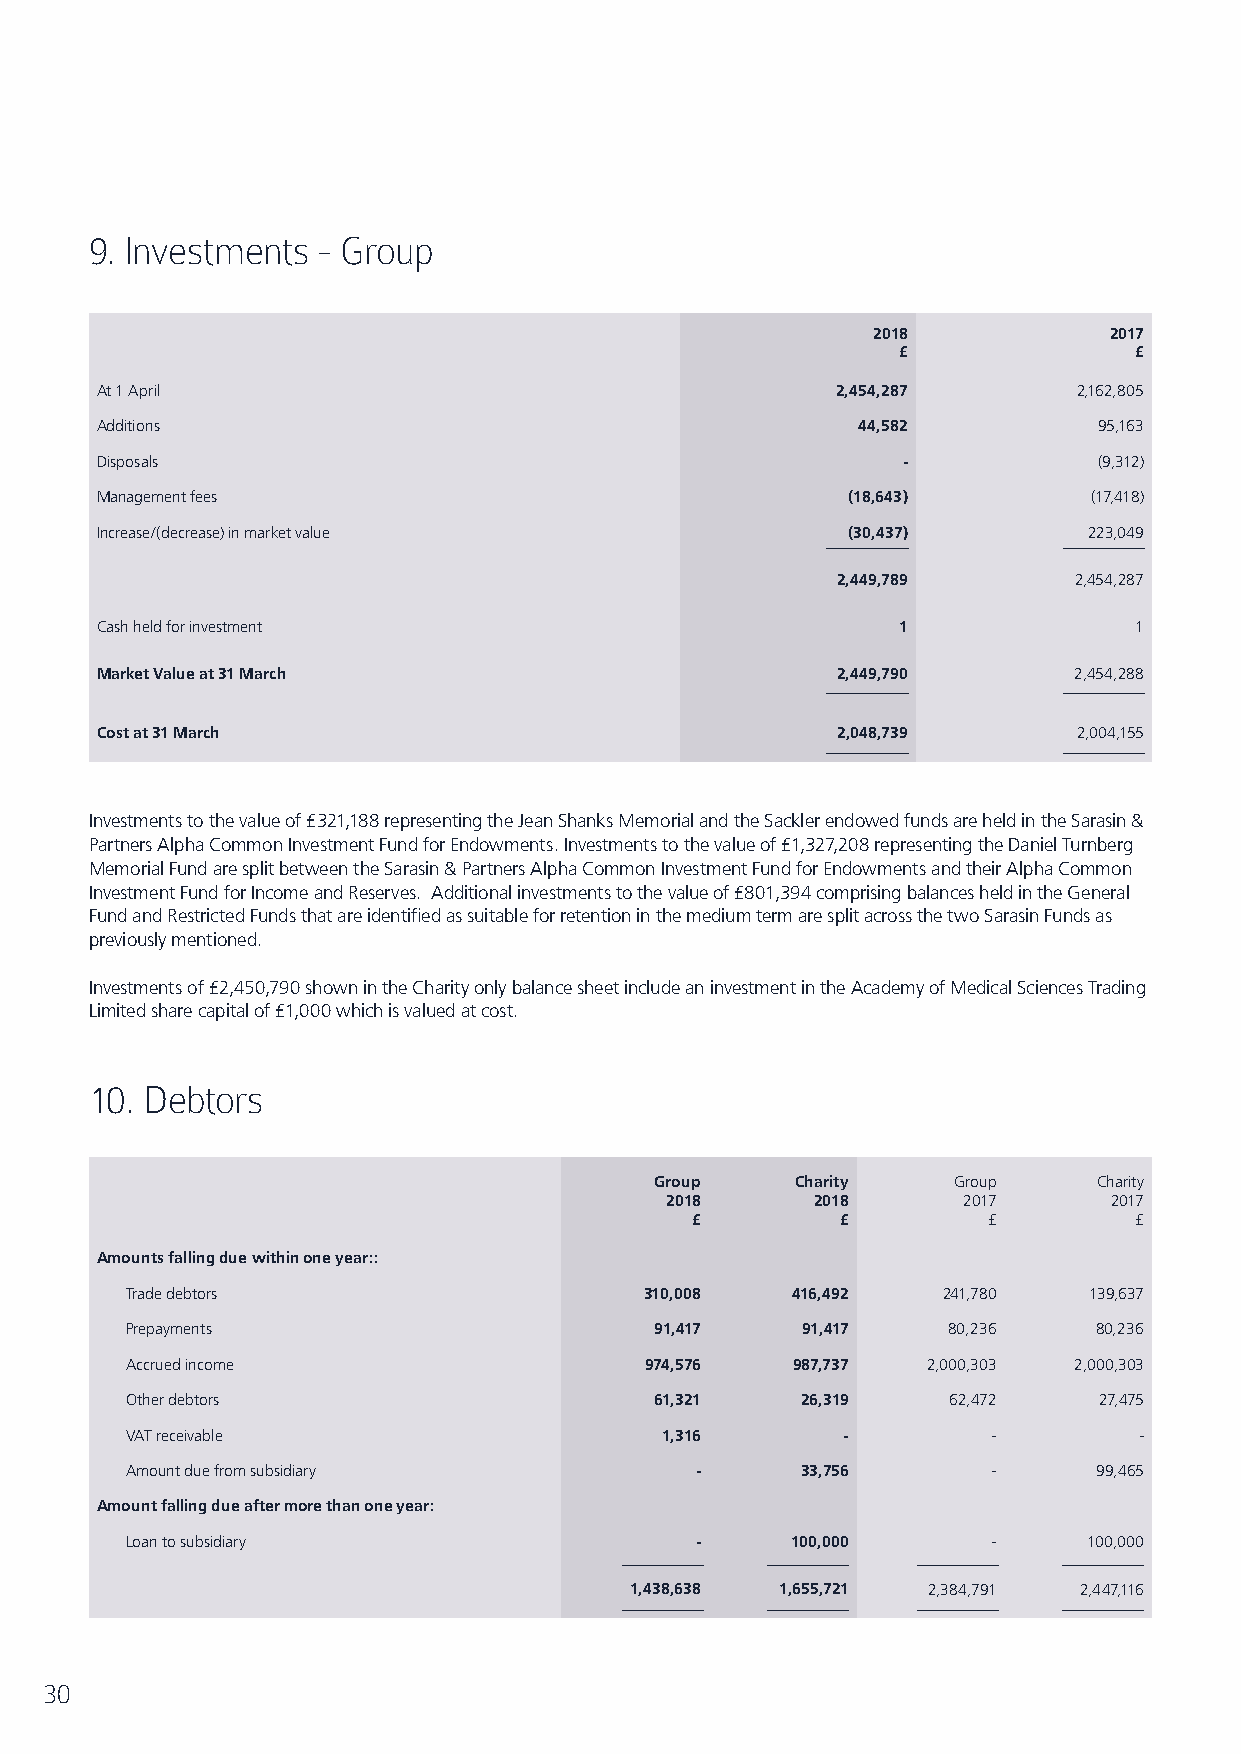
9. Investments - Group
 2018           2017
 £               £
 At 1 April                                       2,454,287       2,162,805
 Additions                                          44,582          95,163
 Disposals                                             -            (9,312)
 Management fees                                   (18,643)        (17,418)
 Increase/(decrease) in market value               (30,437)        223,049
 2,449,789       2,454,287
 Cash held for investment                             1               1
 Market Value at 31 March                         2,449,790       2,454,288
 Cost at 31 March                                 2,048,739       2,004,155
 Investments to the value of £321,188 representing the Jean Shanks Memorial and the Sackler endowed funds are held in the Sarasin &
 Partners Alpha Common Investment Fund for Endowments. Investments to the value of £1,327,208 representing the Daniel Turnberg
 Memorial Fund are split between the Sarasin & Partners Alpha Common Investment Fund for Endowments and their Alpha Common
 Investment Fund for Income and Reserves. Additional investments to the value of £801,394 comprising balances held in the General
 Fund and Restricted Funds that are identified as suitable for retention in the medium term are split across the two Sarasin Funds as
 previously mentioned.
 Investments of £2,450,790 shown in the Charity only balance sheet include an investment in the Academy of Medical Sciences Trading
 Limited share capital of £1,000 which is valued at cost.
 10. Debtors
 Group     Charity   Group     Charity
 2018      2018      2017      2017
 £         £        £         £
 Amounts falling due within one year::
 Trade debtors                      310,008  416,492   241,780   139,637
 Prepayments                        91,417    91,417    80,236    80,236
 Accrued income                     974,576  987,737  2,000,303 2,000,303
 Other debtors                      61,321    26,319    62,472    27,475
 VAT receivable                      1,316       -         -        -
 Amount due from subsidiary            -      33,756       -      99,465
 Amount falling due after more than one year:
 Loan to subsidiary                    -     100,000       -     100,000
 1,438,638 1,655,721 2,384,791 2,447,116
 30